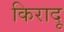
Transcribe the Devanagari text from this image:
किरादू